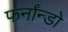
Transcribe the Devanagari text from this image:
फर्नांन्डो